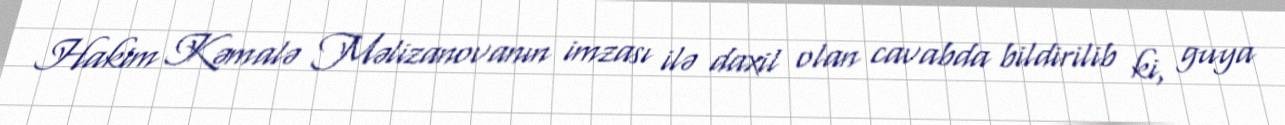
Hakim Kəmalə Məlizanovanın imzası ilə daxil olan cavabda bildirilib ki, guya